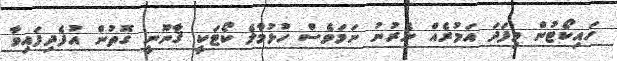
ހައިކޯޓުން މިފަދަ އަމުރެއް ނެރުނު ނަމަވެސް ހުޅުމާލެ ކޯޓަކީ ޤާނޫނީ ގޮތުން އުފެދިފައިވާ